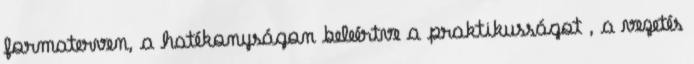
formaterven, a hatékonyságon beleértve a praktikusságot , a vezetés